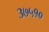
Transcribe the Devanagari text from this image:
३७५१०